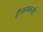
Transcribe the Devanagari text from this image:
हैं।कथकली